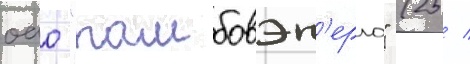
оао "тамбовэн'ерго" (25 /